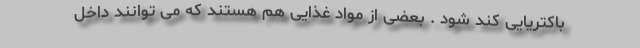
باکتریایی کند شود . بعضی از مواد غذایی هم هستند که می توانند داخل